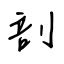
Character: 剖